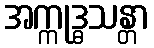
အက္ကုဒ္ဓသန္တာ